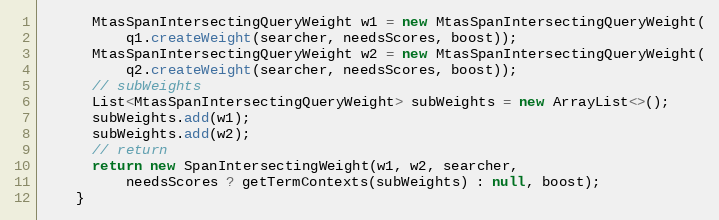
Language: Java
      MtasSpanIntersectingQueryWeight w1 = new MtasSpanIntersectingQueryWeight(
          q1.createWeight(searcher, needsScores, boost));
      MtasSpanIntersectingQueryWeight w2 = new MtasSpanIntersectingQueryWeight(
          q2.createWeight(searcher, needsScores, boost));
      // subWeights
      List<MtasSpanIntersectingQueryWeight> subWeights = new ArrayList<>();
      subWeights.add(w1);
      subWeights.add(w2);
      // return
      return new SpanIntersectingWeight(w1, w2, searcher,
          needsScores ? getTermContexts(subWeights) : null, boost);
    }